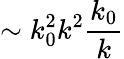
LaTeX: \sim k_{0}^{2}k^{2}\frac{k_{0}}{k}